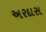
અરદાસ